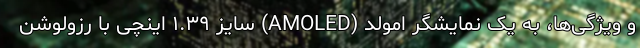
و ویژگی‌ها، به یک نمایشگر امولد (AMOLED) سایز ۱.۳۹ اینچی با رزولوشن